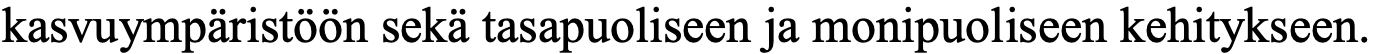
kasvuympäristöön sekä tasapuoliseen ja monipuoliseen kehitykseen.